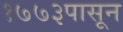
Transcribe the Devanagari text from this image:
१७७३पासून